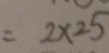
= 2 \times 2 5